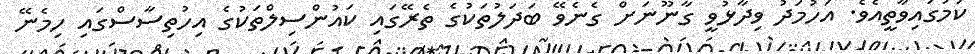
ކަމުގައިވާތީއެވެ. އަހުމަދު ވިދާޅުވީ ގާނޫނަށް ގެނެވޭ ބަދަލުތަކުގެ ތެރޭގައި ކައުންސިލްތަކުގެ އިހުތިސާސްގައި ހިމެނޭ